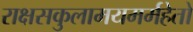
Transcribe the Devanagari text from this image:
राक्षसकुलामयमर्महेतो